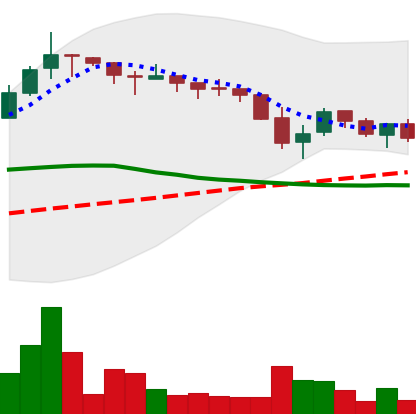
Ticker: TRX-USD
Chart end date: 2018-05-17
Forward return: 10.961%
Label: up_7plus